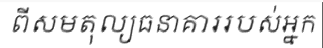
ពីសមតុល្យធនាគាររបស់អ្នក